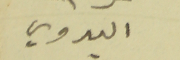
البدوي